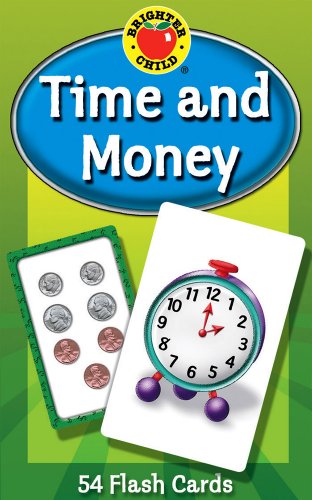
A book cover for Time and Money Flash Cards (Brighter Child Flash Cards); Children's Books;